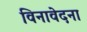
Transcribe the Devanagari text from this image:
विनावेदना